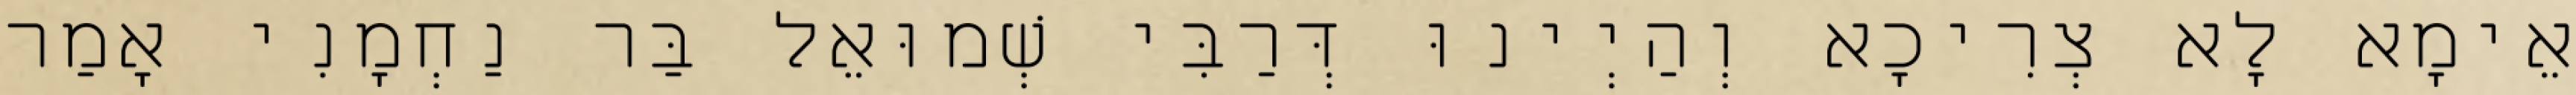
אֵימָא לָא צְרִיכָא וְהַיְינוּ דְּרַבִּי שְׁמוּאֵל בַּר נַחְמָנִי אָמַר